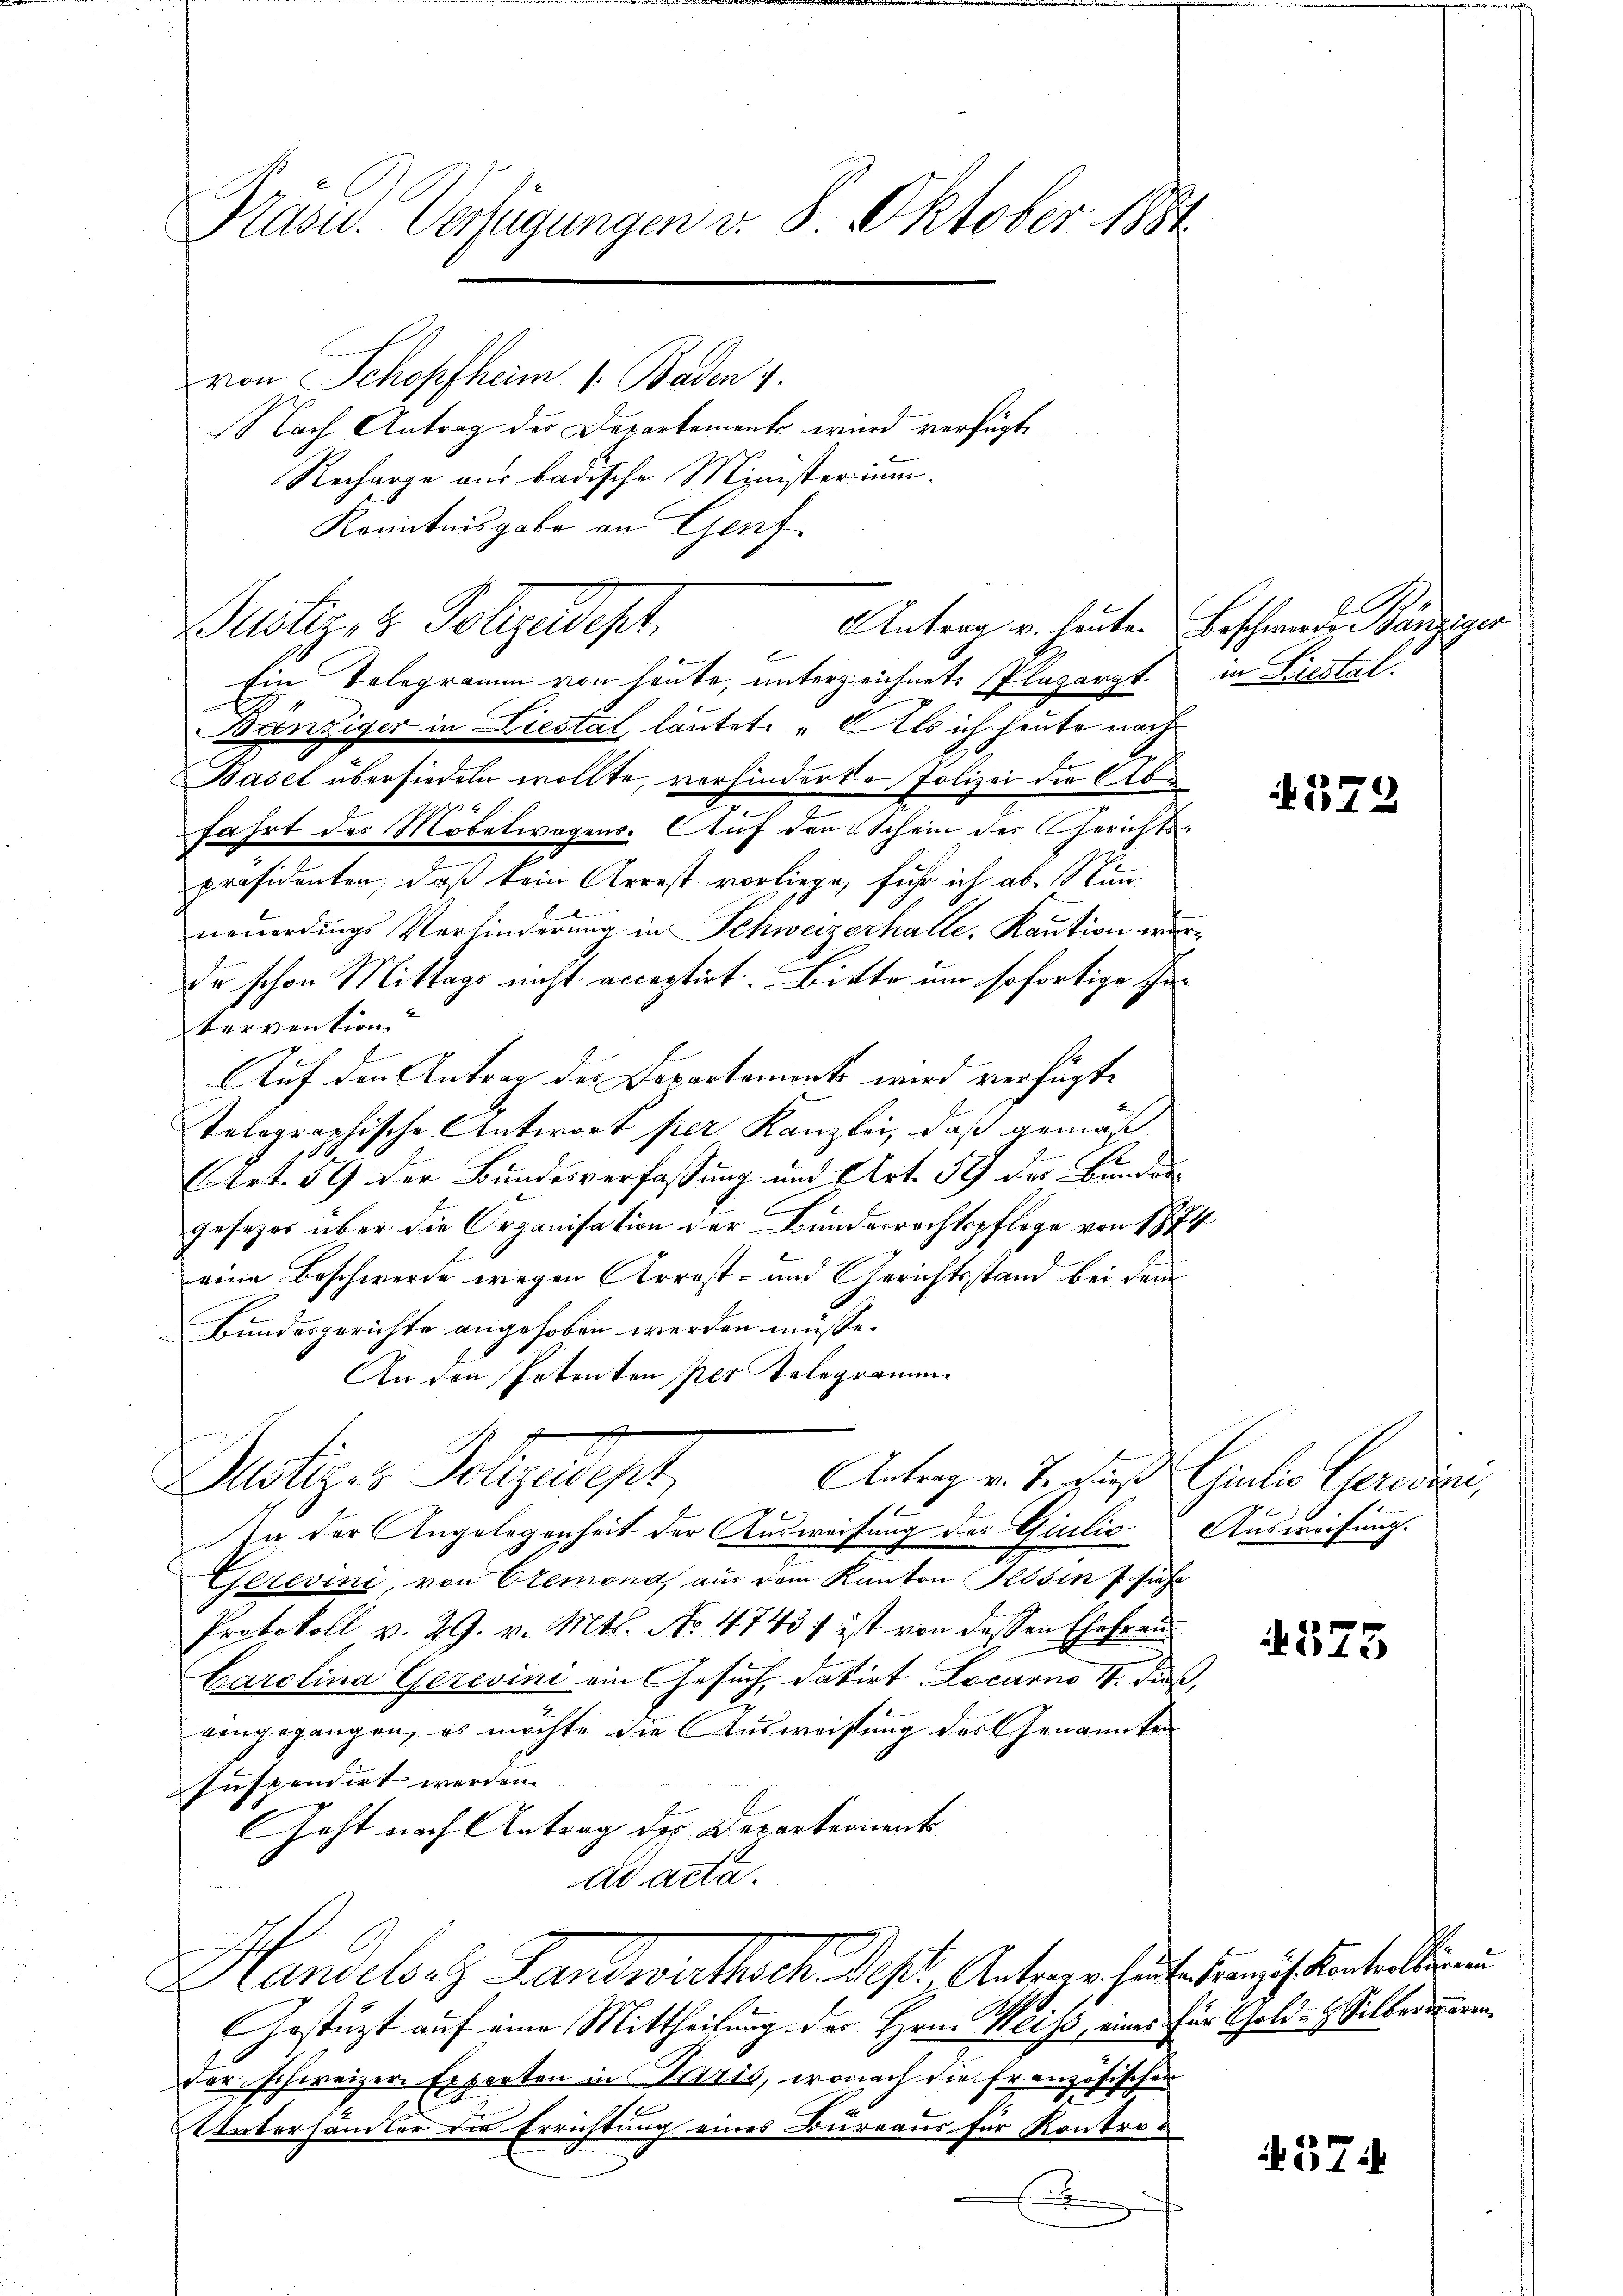
Kasu. Verfügungen v. 8. Oktober 1881
von Schopfheim 1. Baden 1.
Nach Antrag des Departement wird verfügte
Recharge aus badische Ministerium.
Kenntnisgabe an Genf

Justiz- & Polizadept

Ein Telegramm von heute, unterzeichnete Plazarzt in Liestal
Brinziger in Liestal, lautet: „Als ich heute nach
li
Basel übersiedeln wollte, verhinderko Polizei die Abfahrt des Möbelwagens. Auf den Schein des Gerichts-
präsidenten, daß kein Arrest vorliege, fuhr ich ab. Nun
neŭerdings Verhinderung in Schweizerhalte. Kaution werda schon Mittags nicht acceptirt. Bitte um sofortige Intervention
Auf den Antrag des Departements wird verfügte
tolographische Antwort per Kanzlei, daß gemäß
.
(Art. 59 der Bundesverfassung und Art. 59 des Bunder
gesezes über die Organisation der Bundesrechtspflege von 187
eine Beschwerde wegen Arrest- und Gerichtsstand bei dem
Bundesgerichte angehoben werden müsse.
An den Potenten per Telegramm
Büstiges Polizeidept,
Antrag v. J. dieß Culio Geredici,
In der Angelegenheit der Ausweisung der Giulio
Gerevini, von Cremond, aus dem Kanton Tessin f siche
Protokoll v. 29. v. Mts. No. 4743) ist von dessen Ehefrau
Carolina Gerevini ein Gesuch, datirt Locarno 4. dieß,
eingegangen, es möchte die Ausweistung des Genannten
Iuspendirt werden.
Geht nach Antrag des Departement
dd acta.
Handelsatz Handwirthsch. Sept. Antherr heute hinsich kanteilligen
Gestüzt auf eine Mittheilung der Hrn. Weiss, eines für Golde Silberirender schweizere Experten in Paris, wonach die französischen
UUntersämter die Errichtung eines Bureaus für Kontro¬
E

l
Antrag u. heute. Beschwerde Bänziger

379

Ausweisung.

573

37.